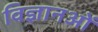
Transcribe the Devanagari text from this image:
विज्ञानओं